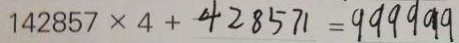
1 4 2 8 5 7 \times 4 + 4 2 8 5 7 1 = 9 9 9 9 9 9